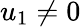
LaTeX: u_{1}\neq 0